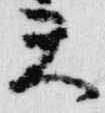
天